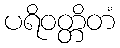
ပရိဝတ္တိတံ